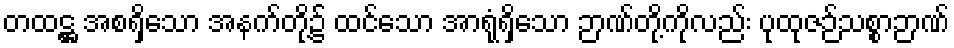
တထဋ္ဌ အစရှိသော အနက်တို့၌ ထင်သော အာရုံရှိသော ဉာဏ်တို့ကိုလည်း ပုထုဇဉ်သစ္စာဉာဏ်